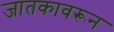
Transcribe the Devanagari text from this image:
जातकावरून